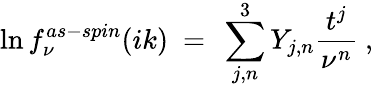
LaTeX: \ln f_{\nu}^{as-spin}(ik)\ =\ \sum_{j,n}^{3}Y_{j,n}\frac{t^{j}}{\nu^{n}}\ ,